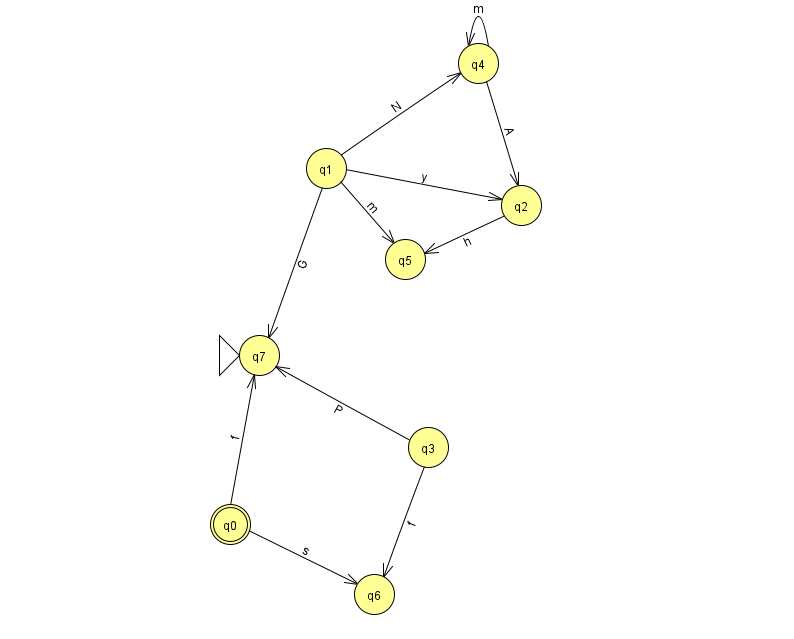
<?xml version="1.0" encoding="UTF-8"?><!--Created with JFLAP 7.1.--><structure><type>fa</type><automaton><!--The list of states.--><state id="0" name="q0"><x>230.0</x><y>511.0</y><final/></state><state id="1" name="q1"><x>326.0</x><y>155.0</y></state><state id="2" name="q2"><x>521.0</x><y>192.0</y></state><state id="3" name="q3"><x>428.0</x><y>434.0</y></state><state id="4" name="q4"><x>478.0</x><y>50.0</y></state><state id="5" name="q5"><x>405.0</x><y>246.0</y></state><state id="6" name="q6"><x>374.0</x><y>581.0</y></state><state id="7" name="q7"><x>259.0</x><y>342.0</y><initial/></state><!--The list of transitions.--><transition><from>1</from><to>2</to><read>y</read></transition><transition><from>1</from><to>5</to><read>m</read></transition><transition><from>0</from><to>6</to><read>s</read></transition><transition><from>0</from><to>7</to><read>f</read></transition><transition><from>1</from><to>7</to><read>G</read></transition><transition><from>2</from><to>5</to><read>h</read></transition><transition><from>4</from><to>2</to><read>A</read></transition><transition><from>3</from><to>6</to><read>f</read></transition><transition><from>4</from><to>4</to><read>m</read></transition><transition><from>1</from><to>4</to><read>N</read></transition><transition><from>3</from><to>7</to><read>P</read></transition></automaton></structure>